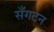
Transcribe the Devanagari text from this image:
सँगठन